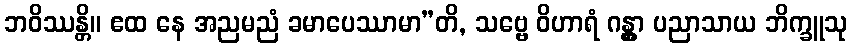
ဘဝိဿန္တိ။ ဧထ နေ အညမညံ ခမာပေဿာမာ”တိ, သဗ္ဗေ ဝိဟာရံ ဂန္တွာ ပညာသာယ ဘိက္ခူသု